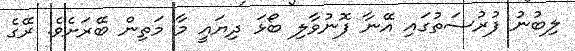
ލިބުނު ފުރުސަތުގައި އޭނާ ފޮނުވާލި ބޯޅަ ދިޔައީ މާ މަތިން ބޭރަށެވެ. ރޭގެ